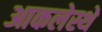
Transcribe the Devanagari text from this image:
आकलेस्थे